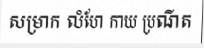
សម្រាក លំហែ កាយ ប្រណីត